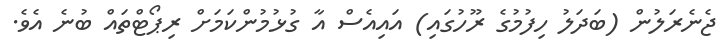
ޖެނެރަލުން (ބަދަލު ހިފުމުގެ ރޫހުގައި) އައިއެސް އާ ގުޅުމުންކަމަށް ރިޕޯޓްތައް ބުނެ އެވެ.